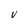
Character: V